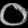
Digit: ၀